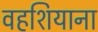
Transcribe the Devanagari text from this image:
वहशियाना